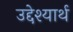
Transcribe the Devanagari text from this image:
उद्देश्यार्थ